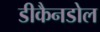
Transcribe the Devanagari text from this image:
डीकैनडोल